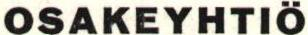
OSAKEYHTIÖ